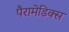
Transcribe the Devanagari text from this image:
पैरामेडिक्स